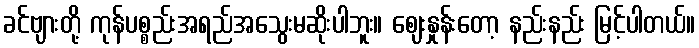
ခင်ဗျားတို့ ကုန်ပစ္စည်းအရည်အသွေးမဆိုးပါဘူး။ ဈေးနှုန်းတော့ နည်းနည်း မြင့်ပါတယ်။